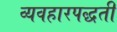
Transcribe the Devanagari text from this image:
व्यवहारपद्धती